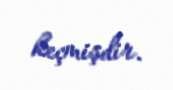
keçmişdir.